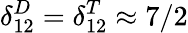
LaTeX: \delta_{12}^{D}=\delta_{12}^{T}\approx 7/2